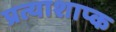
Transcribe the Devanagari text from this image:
प्रत्याशाप्क